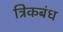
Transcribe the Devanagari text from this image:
त्रिकबंध